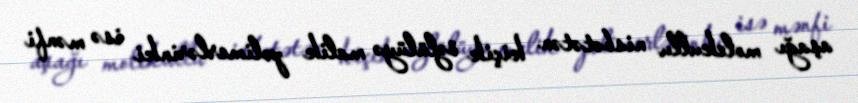
aşağı molekullu nisbətətən kiçik özlülüyə malik polimerlərinki isə mənfi